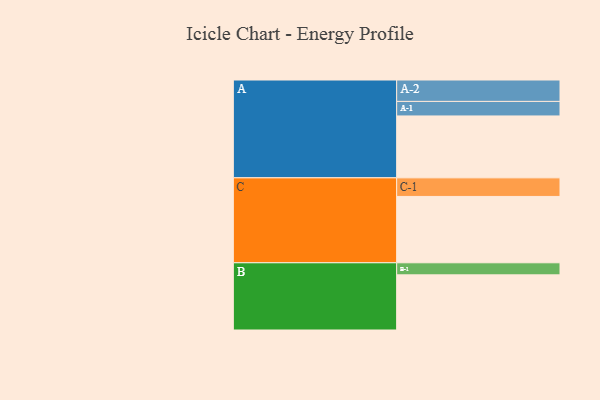
{"axis": {"x": "Segment", "y": "Value"}, "legend": ["", "A", "B", "C"], "data": [{"x": "A", "y": 503, "type": ""}, {"x": "B", "y": 448, "type": ""}, {"x": "C", "y": 539, "type": ""}, {"x": "A-1", "y": 118, "type": "A"}, {"x": "A-2", "y": 174, "type": "A"}, {"x": "B-1", "y": 98, "type": "B"}, {"x": "C-1", "y": 151, "type": "C"}]}